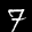
Label: 7